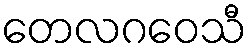
တေလဂဝေသီ